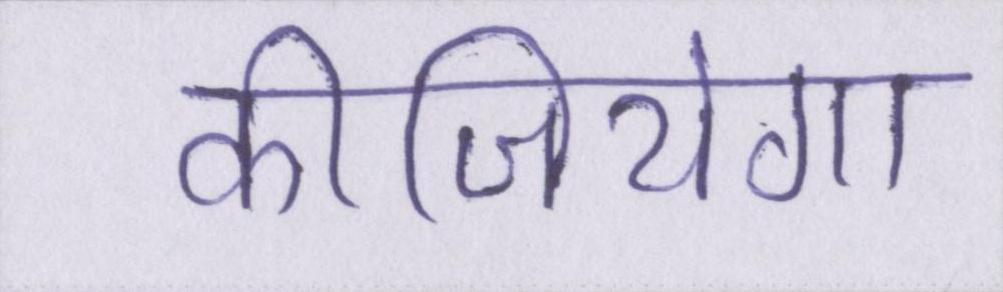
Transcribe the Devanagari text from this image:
कीजियेगा